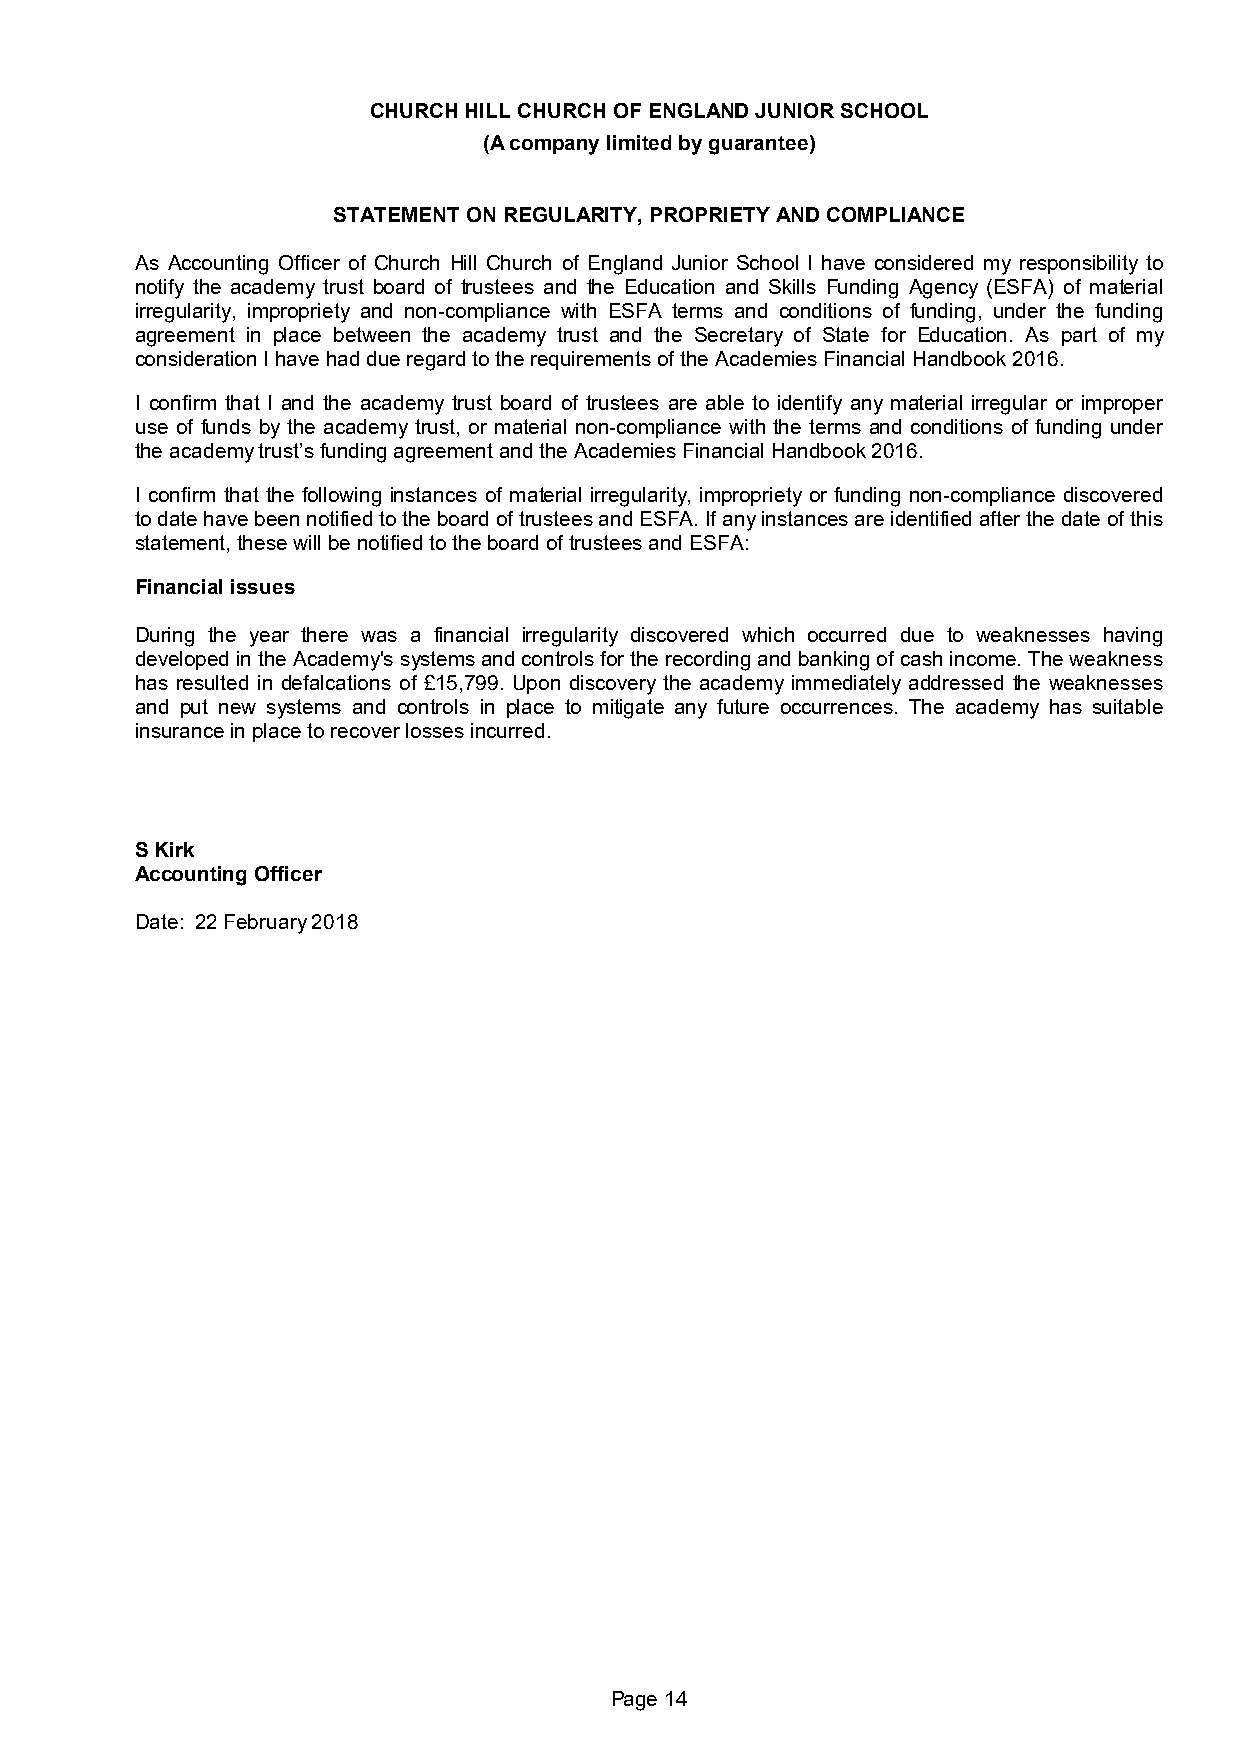
CHURCH HILL CHURCH OF ENGLAND JUNIOR SCHOOL
 (A company limited by guarantee)
 STATEMENT ON REGULARITY, PROPRIETY AND COMPLIANCE
 As Accounting Officer of Church Hill Church of England Junior School I have considered my responsibility to
 notify the academy trust board of trustees and the Education and Skills Funding Agency (ESFA) of material
 irregularity, impropriety and non-compliance with ESFA terms and conditions of funding, under the funding
 agreement in place between the academy trust and the Secretary of State for Education. As part of my
 consideration I have had due regard to the requirements of the Academies Financial Handbook 2016.
 I confirm that I and the academy trust board of trustees are able to identify any material irregular or improper
 use of funds by the academy trust, or material non-compliance with the terms and conditions of funding under
 the academy trust’s funding agreement and the Academies Financial Handbook 2016.
 I confirm that the following instances of material irregularity, impropriety or funding non-compliance discovered
 to date have been notified to the board of trustees and ESFA. If any instances are identified after the date of this
 statement, these will be notified to the board of trustees and ESFA:
 Financial issues
 During the year there was a financial irregularity discovered which occurred due to weaknesses having
 developed in the Academy's systems and controls for the recording and banking of cash income. The weakness
 has resulted in defalcations of £15,799. Upon discovery the academy immediately addressed the weaknesses
 and put new systems and controls in place to mitigate any future occurrences. The academy has suitable
 insurance in place to recover losses incurred.
 S Kirk
 Accounting Officer
 Date: 22 February 2018
 Page 14